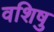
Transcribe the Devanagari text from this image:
वशिषु